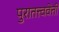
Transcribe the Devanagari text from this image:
पुरातत्त्ववेत्ती